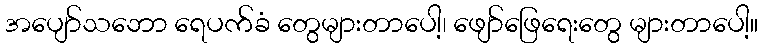
အပျော်သဘော ရေပက်ခံ တွေများတာပေါ့၊ ဖျော်ဖြေရေးတွေ များတာပေါ့။